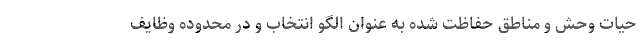
حیات وحش و مناطق حفاظت شده به عنوان الگو انتخاب و در محدوده وظایف